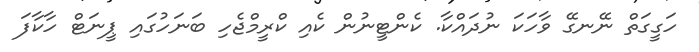
ހަގީގަތް ނޭނގޭ ވާހަކަ ނުދައްކާ. ކެންޓީނުން ކެއި ކްރީމްޖެހި ބަނަހުގައި ޕީނަޓް ހާކާފަ